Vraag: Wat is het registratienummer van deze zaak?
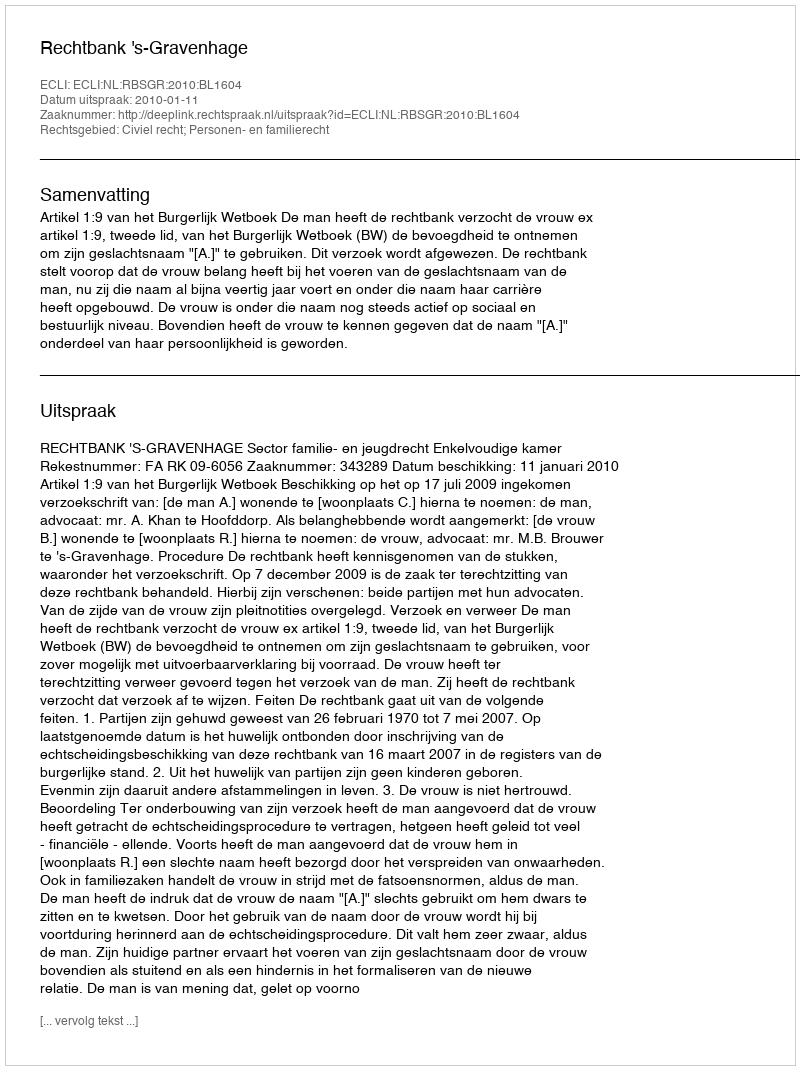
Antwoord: http://deeplink.rechtspraak.nl/uitspraak?id=ECLI:NL:RBSGR:2010:BL1604